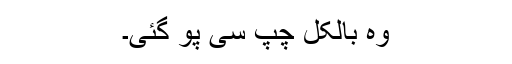
وہ بالکل چپ سی پو گئی۔